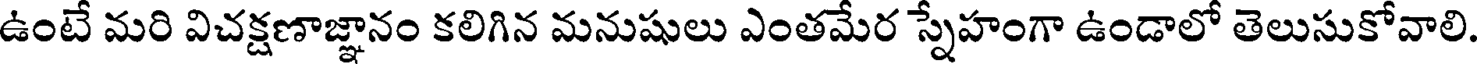
ఉంటే మరి విచక్షణాజ్ఞానం కలిగిన మనుషులు ఎంతమేర స్నేహంగా ఉండాలో తెలుసుకోవాలి